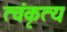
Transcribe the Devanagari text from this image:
त्वंकृत्य